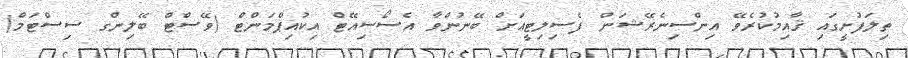
ތިލަފުށީގައި ޤާއިމުކުރެވޭ އިންސިނެރޭޝަން ފެސިލިޓީއަށް ބޭނުންވާ އެސޯސިއޭޓް އިކުއިޕްމަންޓް (ވޭސްޓް ބޭލިންގ ސިސްޓަމް)